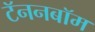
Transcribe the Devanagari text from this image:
टॅननबॉम